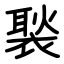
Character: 褧